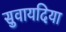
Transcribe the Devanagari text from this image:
सुवायदिया